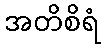
အတိစိရံ